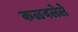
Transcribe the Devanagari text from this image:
कळवलेले